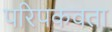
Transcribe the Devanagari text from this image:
परिपकवता